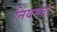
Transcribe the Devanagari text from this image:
नियमता